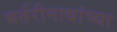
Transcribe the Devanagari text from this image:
भर्तरीनाथांच्या